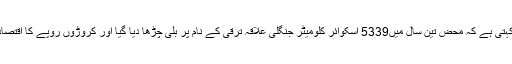
ایک رپورٹ کہتی ہے کہ محض تین سال میں5339 اسکوائر کلومیٹر جنگلی علاقہ ترقی کے نام پر بلی چڑھا دیا گیا اور کروڑوں روپے کا اقتصادی نقصان ہوا۔